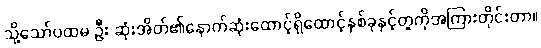
သို့သော်ပထမ ဦး ဆုံးအိတ်၏နောက်ဆုံးထောင့်ရှိထောင့်နှစ်ခုနှင့်တူကိုအကြားတိုင်းတာ။